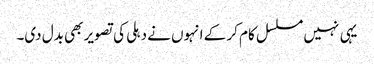
یہی نہیں مسلسل کام کر کے انہوں نے دہلی کی تصویر بھی بدل دی۔